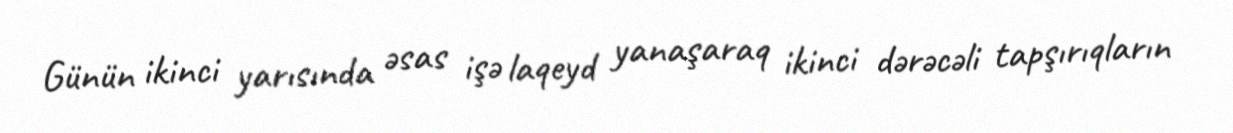
Günün ikinci yarısında əsas işə laqeyd yanaşaraq ikinci dərəcəli tapşırıqların